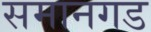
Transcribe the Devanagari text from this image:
समानगड